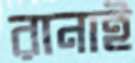
রানাই